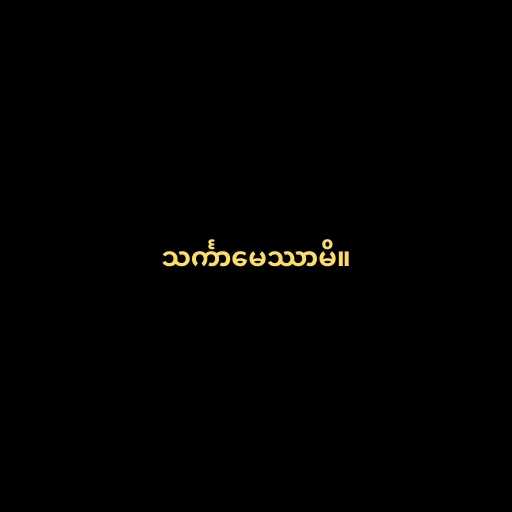
သင်္ကာမေဿာမိ။